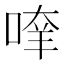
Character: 𠶿